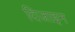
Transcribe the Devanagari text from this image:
दिजाइन